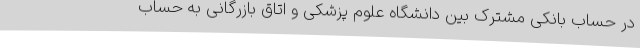
در حساب بانکی مشترک بین دانشگاه علوم پزشکی و اتاق بازرگانی به حساب